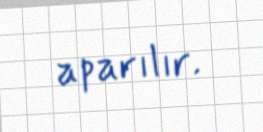
aparılır.